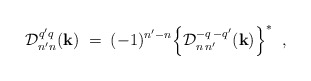
\begin{align*}{\cal D}^{q'q}_{n'n}(\hbox{\bf k})\; =\; (-1)^{n'-n}\Bigl\{ {\cal D}^{-q\, -q'}_{n\, n'}(\hbox{\bf k}) \Bigr\}^{\ast}\;\; , \end{align*}